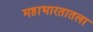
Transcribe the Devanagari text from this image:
महाभारतातला